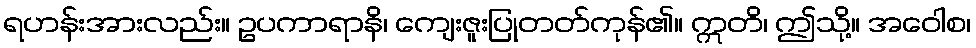
ရဟန်းအားလည်း။ ဥပကာရာနိ၊ ကျေးဇူးပြုတတ်ကုန်၏။ ဣတိ၊ ဤသို့။ အဝေါစ၊